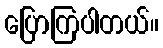
ပြောကြပါတယ်။